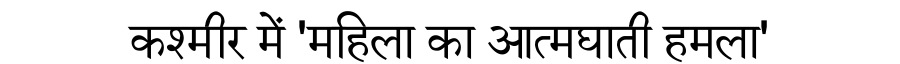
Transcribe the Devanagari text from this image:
कश्मीर में 'महिला का आत्मघाती हमला'